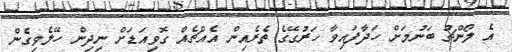
އެ ލޯންޗު ބަނުމަށް ހަދާފައިވާ ހަރުގޭގެ ތެރެއިން އެއްޗެއް ގޮވިއަޑަށް ނިދިން ހޭލެވިގެން